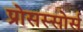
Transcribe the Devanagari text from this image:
प्रोसस्सोर्स